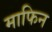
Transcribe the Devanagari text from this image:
माफिन